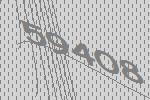
59408